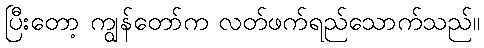
ပြီးတော့ ကျွန်တော်က လတ်ဖက်ရည်သောက်သည်။